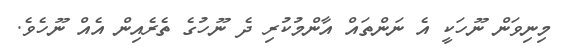
މިނިވަން ނޫހަކީ އެ ނަންތައް އާންމުކުރި ދެ ނޫހުގެ ތެރެއިން އެއް ނޫހެވެ.